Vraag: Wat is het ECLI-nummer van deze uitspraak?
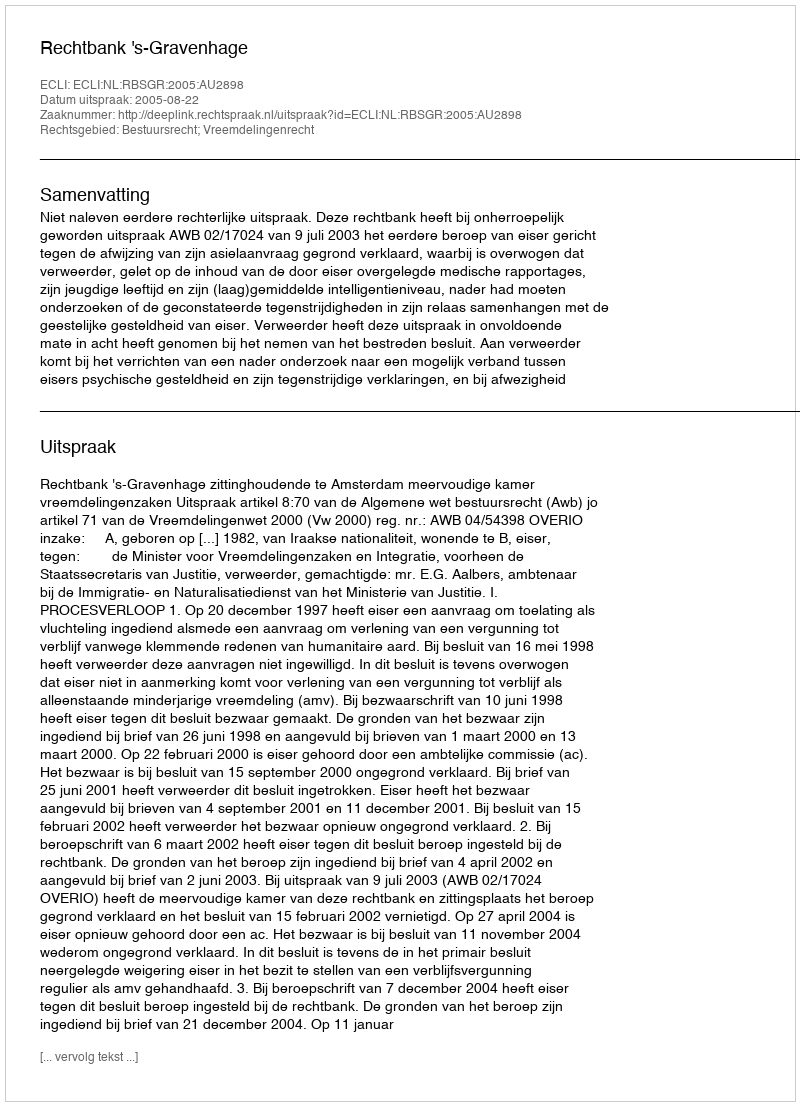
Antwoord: ECLI:NL:RBSGR:2005:AU2898